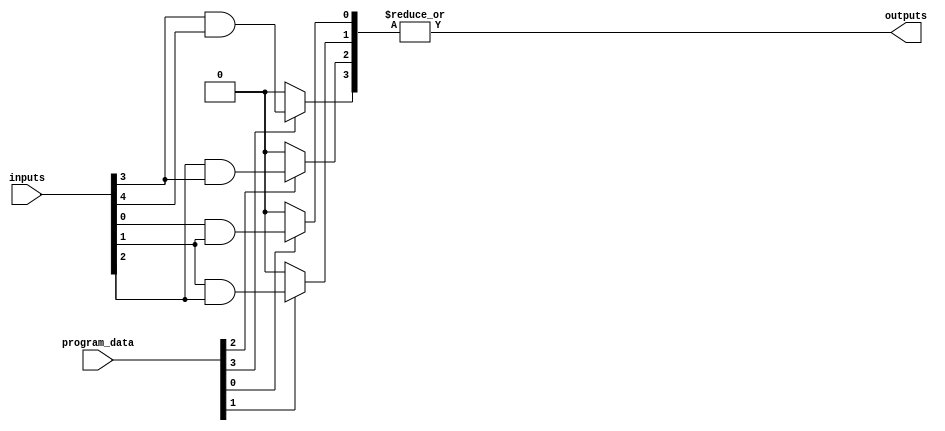
module FlashProgrammablePAL (
    input wire [N-1:0] inputs,      // N input pins
    input wire [M-1:0] program_data, // M programming bits for AND gates
    output wire [P-1:0] outputs      // P output pins
);

// Parameters
parameter N = 8; // Number of input pins
parameter M = 4; // Number of AND gates
parameter P = 1; // Number of output pins

// Internal signals
wire [M-1:0] and_outputs; // Outputs from AND gates

// AND Array: Programmable AND gates
genvar i;
generate
    for (i = 0; i < M; i = i + 1) begin : and_gate
        // Each AND gate can be programmed based on program_data
        assign and_outputs[i] = (program_data[i] == 1'b1) ? 
                                 (inputs[i] & inputs[i+1]) : 1'b0; // Example logic
    end
endgenerate

// OR Array: Fixed OR gate combining AND outputs
assign outputs[0] = |and_outputs; // ORing all AND gate outputs

endmodule